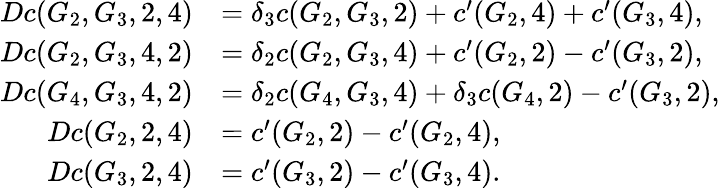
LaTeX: \begin{array}{rl}{Dc(G_{2},G_{3},2,4)}&{=\delta_{3}c(G_{2},G_{3},2)+c^{\prime}(G_{2},4)+c^{\prime}(G_{3},4),}\\ {Dc(G_{2},G_{3},4,2)}&{=\delta_{2}c(G_{2},G_{3},4)+c^{\prime}(G_{2},2)-c^{\prime}(G_{3},2),}\\ {Dc(G_{4},G_{3},4,2)}&{=\delta_{2}c(G_{4},G_{3},4)+\delta_{3}c(G_{4},2)-c^{\prime}(G_{3},2),}\\ {Dc(G_{2},2,4)}&{=c^{\prime}(G_{2},2)-c^{\prime}(G_{2},4),}\\ {Dc(G_{3},2,4)}&{=c^{\prime}(G_{3},2)-c^{\prime}(G_{3},4).}\end{array}